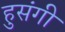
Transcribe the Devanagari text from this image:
हुसंगी